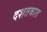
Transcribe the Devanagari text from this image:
दशतकात